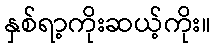
နှစ်ရာ့ကိုးဆယ့်ကိုး။